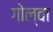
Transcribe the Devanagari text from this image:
गोल्वा